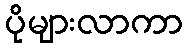
ပိုများလာကာ